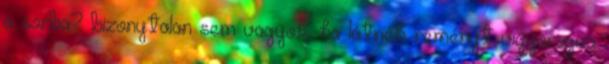
a sorba? bizonytalan sem vagyok, ha látnék reményt vigyorogva